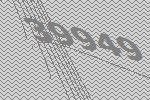
39949